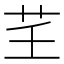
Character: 𦬰